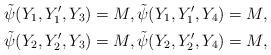
LaTeX: \begin{align*}\tilde{\psi}(Y_1,Y_1',Y_3)=M,\tilde{\psi}(Y_1,Y_1',Y_4)=M, \\\tilde{\psi}(Y_2,Y_2',Y_3)=M,\tilde{\psi}(Y_2,Y_2',Y_4)=M,\end{align*}